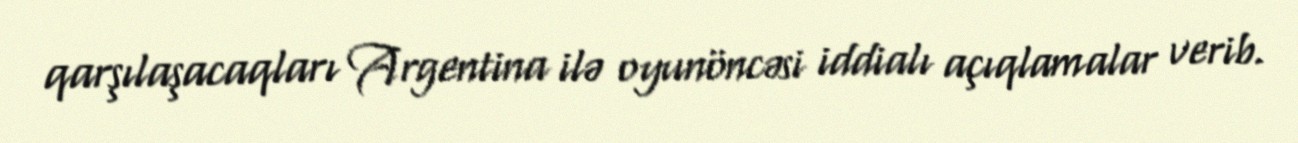
qarşılaşacaqları Argentina ilə oyunöncəsi iddialı açıqlamalar verib.